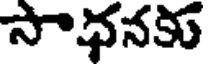
సాధనకు